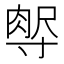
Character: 𡬻